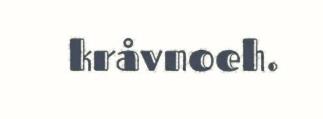
kråvnoeh.